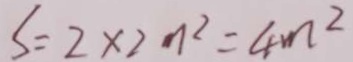
S = 2 \times 2 m ^ { 2 } = 4 m ^ { 2 }